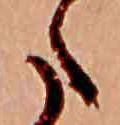
た